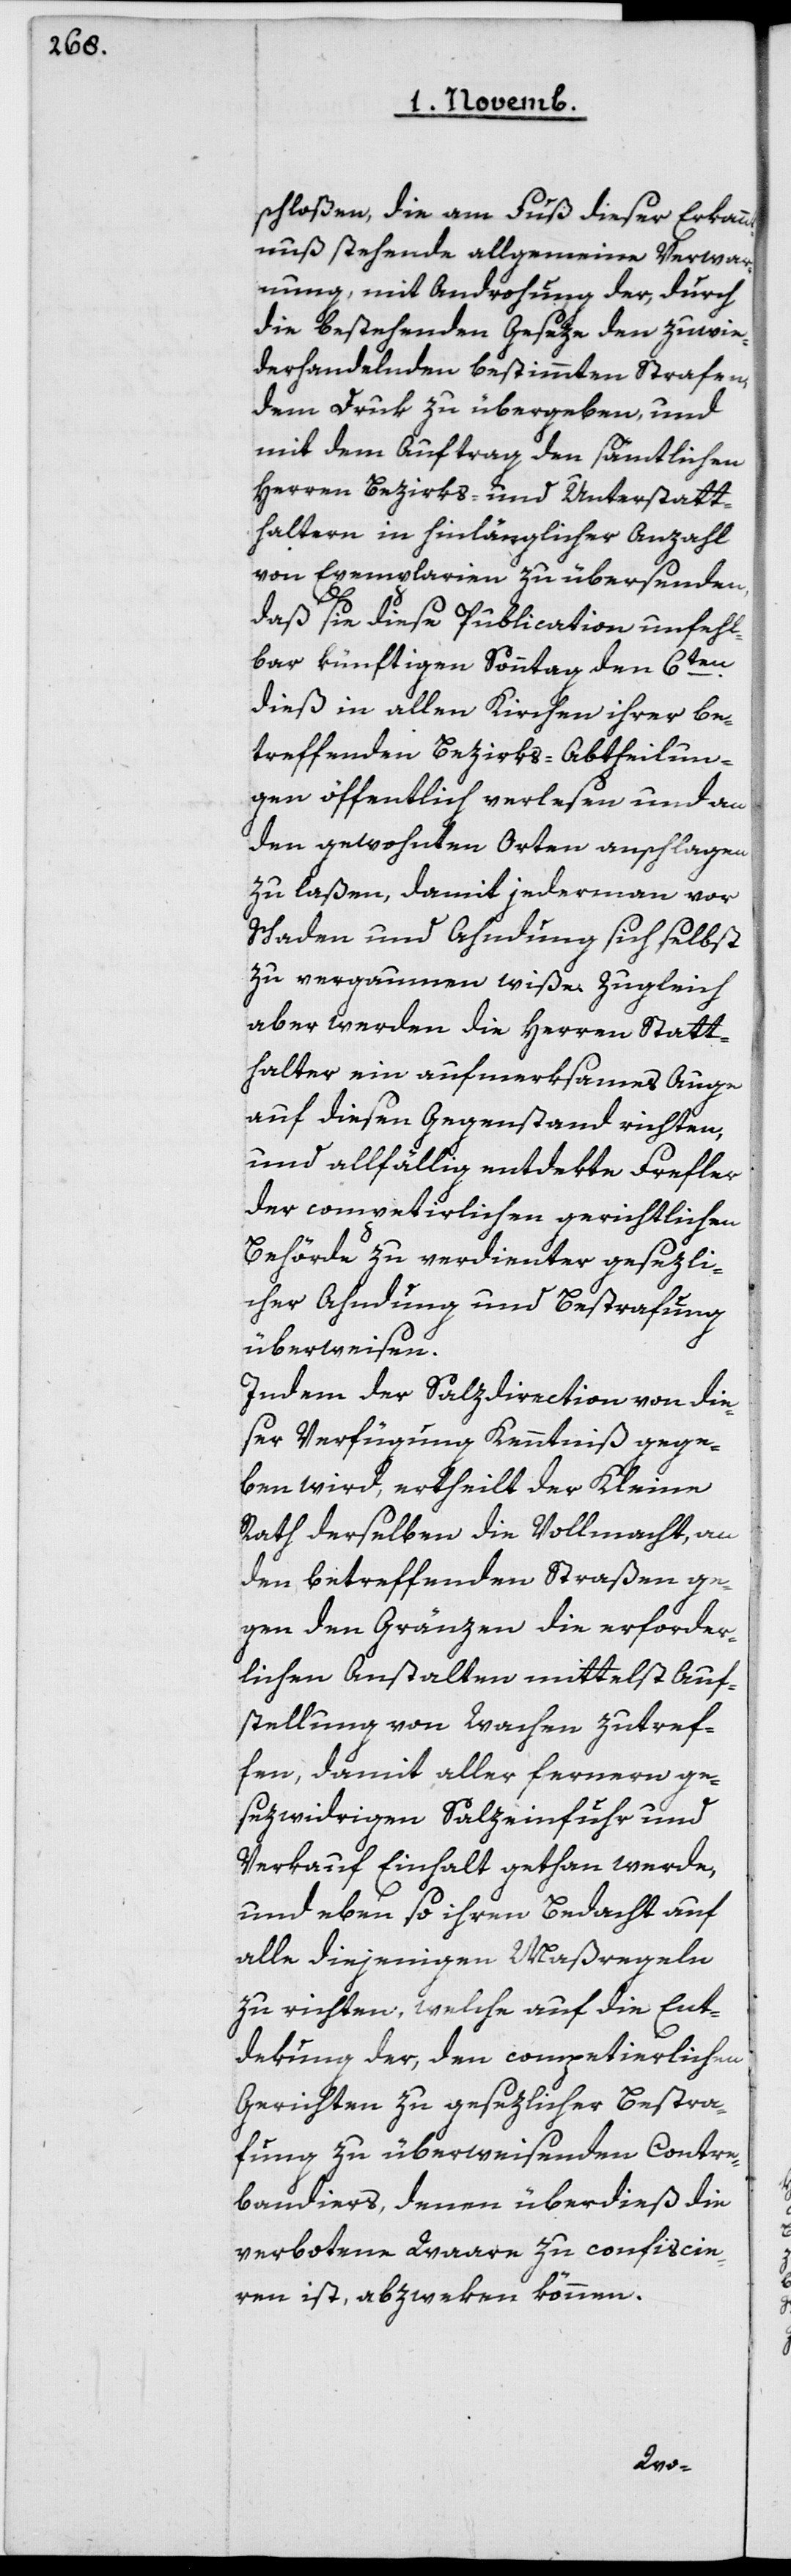
schloßen, die am Fuß dieser Erkan¬
ntnuß stehende allgemeine Verwar¬
nung, mit Androhung der, durch
die bestehenden Geseze den Zuwi¬
derhandelnden bestimmten Strafen,
dem Druk zu übergeben, und
mit dem Auftrag den sämtlichen
Herren Bezirks- und Unterstatt¬
haltern in hinlänglicher Anzahl
von Exemplarien zu übersenden,
daß sie diese Publication unfehl¬
bar künftigen Sonntag den 6ten
dieß in allen Kirchen ihrer be¬
treffenden Bezirks-Abtheilun¬
gen öffentlich vorlesen und an
den gewohnten Orten anschlagen
zu laßen, damit jederman vor
Schaden und Ahndung sich selbst
zu vergaumen wiße, zugleich
aber werden die Herren Statt¬
halter ein aufmerksames Auge
auf diesen Gegenstand richten,
und allfällig entdekte Frevler
der competirlichen gerichtlichen
Behörde zu verdienter gesezli¬
cher Ahndung und Bestrafung
überweisen.
Indem der Salzdirection von die¬
ser Verfügung Kenntniß gege¬
ben wird, ertheilt der Kleine
Rath derselben die Vollmacht, an
den betreffenden Straßen ge¬
gen den Gränzen die erforder¬
lichen Anstalten mittelst Auf¬
stellung von Wachen zu tref¬
fen, damit aller fernern ge¬
sezwidrigen Salzeinfuhr und
Verkauf Einhalt gethan werde,
und eben so ihren Bedacht auf
alle diejenigen Maßregeln
zu richten, welche auf die Ent¬
dekung der, den competierlichen
Gerichten zu gesezlicher Bestra¬
fung zu überweisenden Contre¬
bandiers, denen überdieß die
verbotene Waare zu confiscie¬
ren ist, abzweken können.